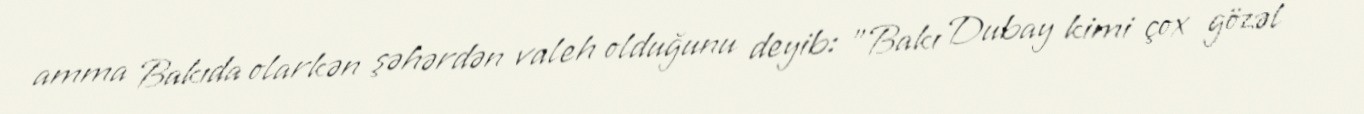
amma Bakıda olarkən şəhərdən valeh olduğunu deyib: "Bakı Dubay kimi çox gözəl